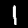
Label: 1